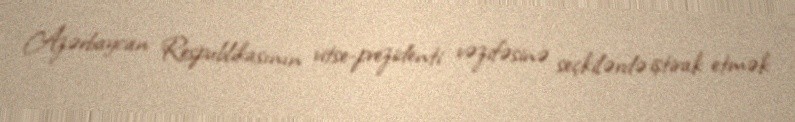
Azərbaycan Respublikasının vitse-prezidenti vəzifəsinə seçkilərdə iştirak etmək